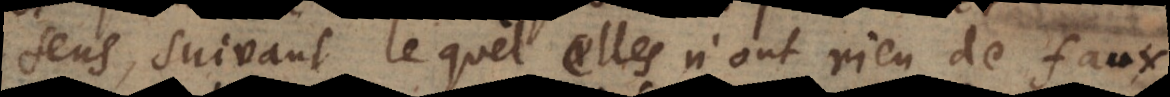
sens, suivant le quel elles n’ont rien de faux,